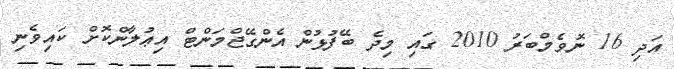
އަދި 16 ނޮވެމްބަރު 2010 ގައި މިދެ ބޭފުޅުން އެންގޭޖްމަންޓް އިޢުލާންކޮށް ކައިވެނި